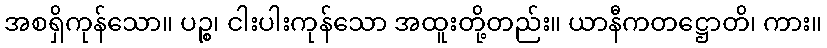
အစရှိကုန်သော။ ပဉ္စ၊ ငါးပါးကုန်သော အထူးတို့တည်း။ ယာနီကတဋ္ဌောတိ၊ ကား။